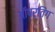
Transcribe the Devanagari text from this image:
ऑपरतिंग